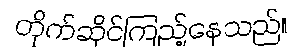
တိုက်ဆိုင်ကြည့်နေသည်။